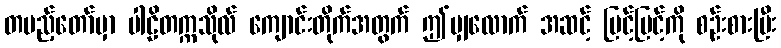
တပည့်တော်မှာ ပါဠိတက္ကသိုလ် ကျောင်းတိုက်အတွက် ဤမျှလောက် အဆင့် မြင့်မြင့်ကို စဉ်းစားပြီး